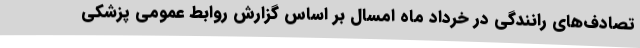
تصادف‌های رانندگی در خرداد ماه امسال بر اساس گزارش روابط عمومی پزشکی